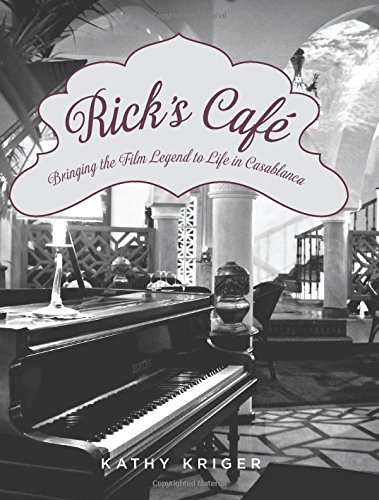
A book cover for Rick's Cafe: Bringing The Film Legend To Life In Casablanca; Kathy Kriger; Travel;